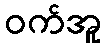
ဝက်အူ